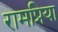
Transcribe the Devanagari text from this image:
रामप्रिया